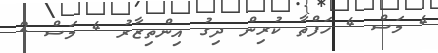
4 މަސް 4 ހަފްތާ ކުރިން ދިގު އިންތިޒާރު 4 މަސް 2